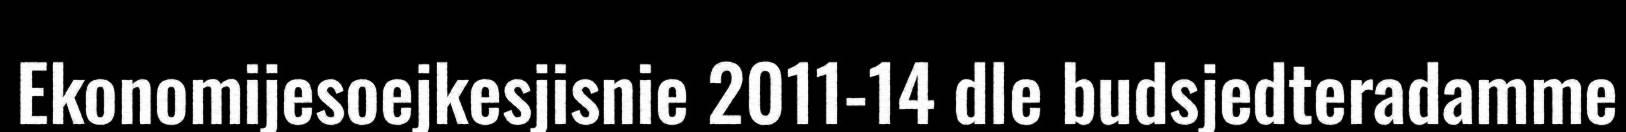
Ekonomijesoejkesjisnie 2011-14 dle budsjedteradamme